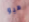
هيو